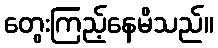
တွေးကြည့်နေမိသည်။